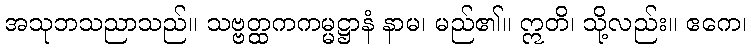
အသုဘသညာသည်။ သဗ္ဗတ္ထကကမ္မဋ္ဌာနံ နာမ၊ မည်၏။ ဣတိ၊ သို့လည်း။ ဧကေ၊